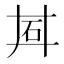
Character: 𬑽